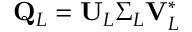
\mathbf { Q } _ { L } = \mathbf { U } _ { L } \boldsymbol { \Sigma } _ { L } \mathbf { V } _ { L } ^ { * }